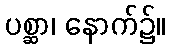
ပစ္ဆာ၊ နောက်၌။